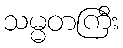
သမ္မတကြီး